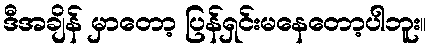
ဒီအချိန် မှာတော့ ပြန်ရှင်းမနေတော့ပါဘူး။